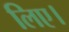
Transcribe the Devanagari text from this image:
लिए।